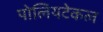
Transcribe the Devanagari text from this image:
पोलियटेकल